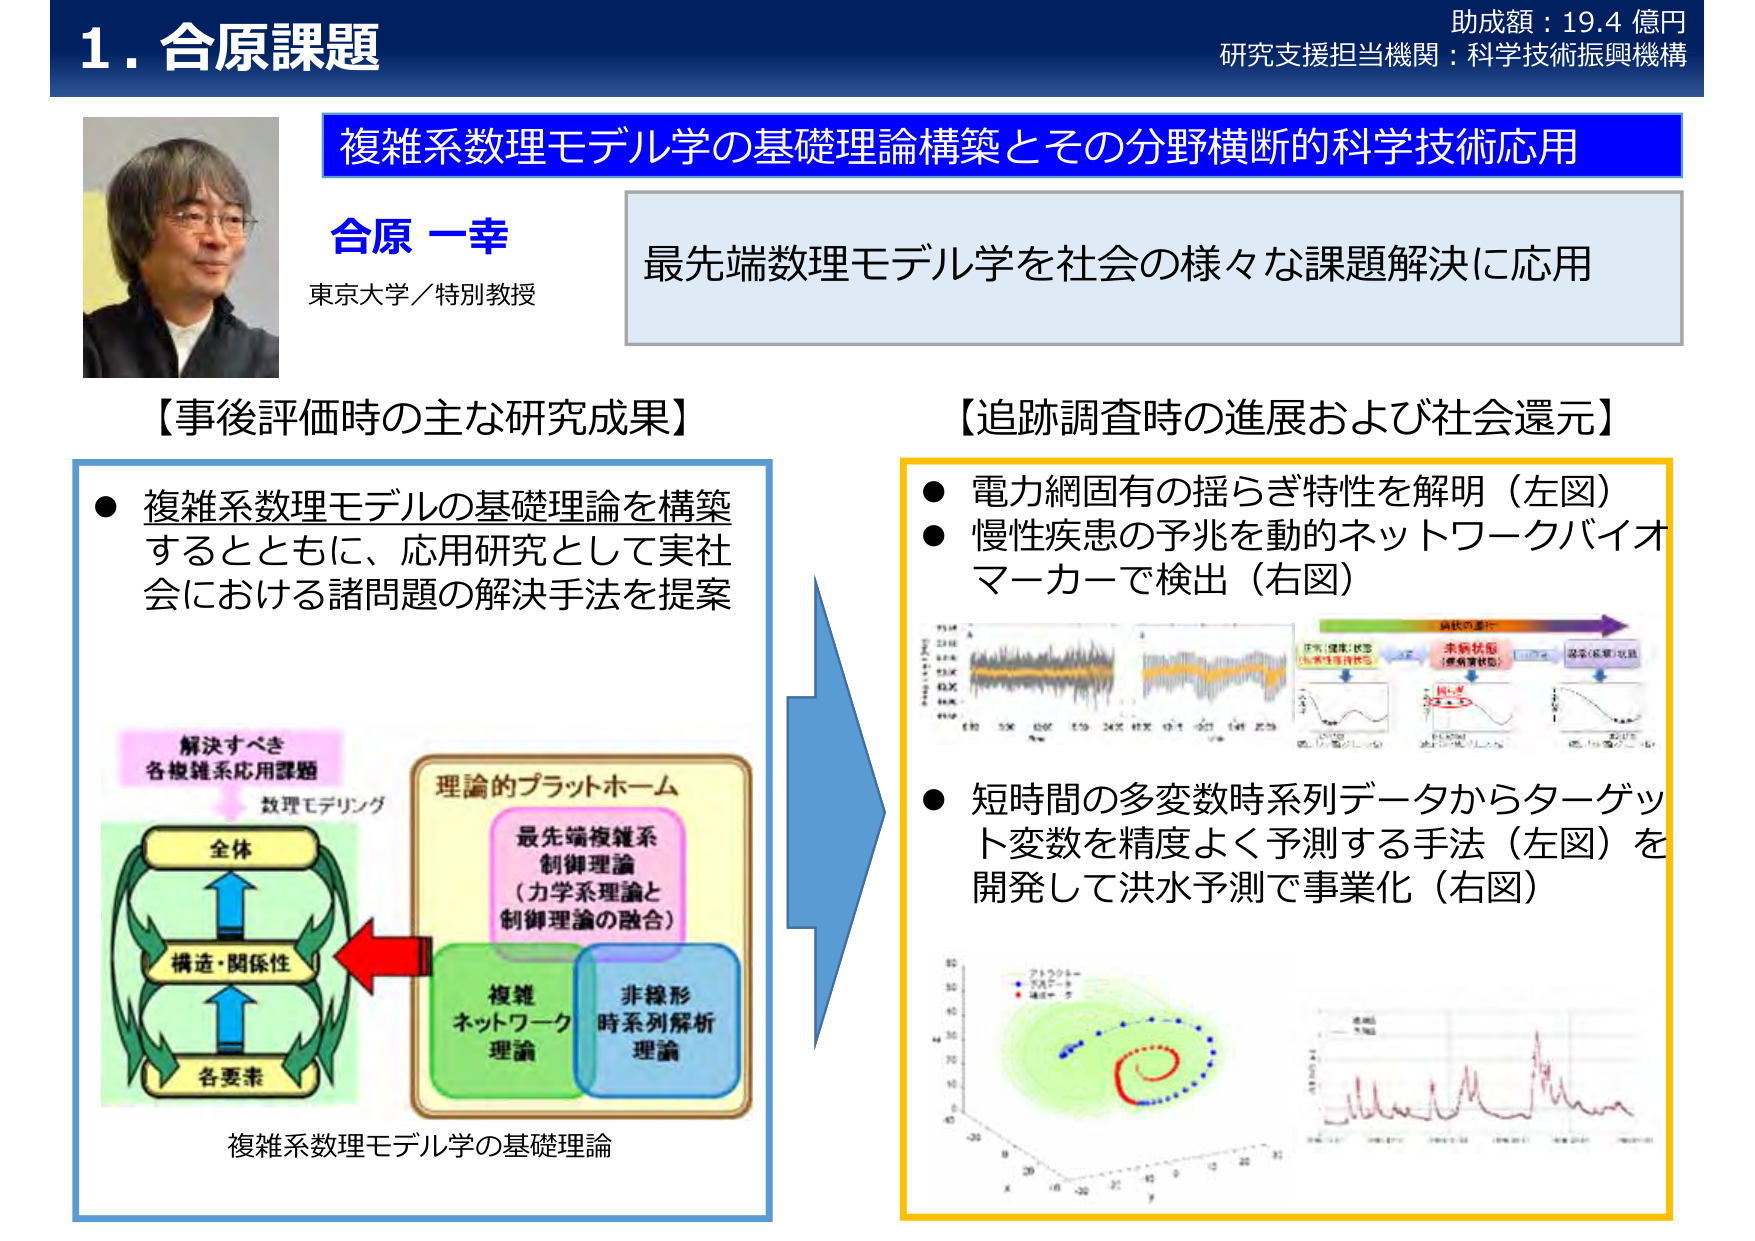
1. 合原課題
助成額：19.4 億円
研究支援担当機関：科学技術振興機構

複雑系数理モデル学の基礎理論構築とその分野横断的科学技術応用

合原 一幸
東京大学／特別教授

最先端数理モデル学を社会の様々な課題解決に応用

【事後評価時の主な研究成果】
● 複雑系数理モデルの基礎理論を構築するとともに、応用研究として実社会における諸問題の解決手法を提案

解決すべき
各複雑系応用課題
数理モデリング

全体
構造・関係性
各要素

理論的プラットホーム
最先端複雑系制御理論
（力学系理論と制御理論の融合）
複雑ネットワーク理論
非線形時系列解析理論

複雑系数理モデル学の基礎理論

【追跡調査時の進展および社会還元】
● 電力網固有の揺らぎ特性を解明（左図）
● 慢性疾患の予兆を動的ネットワークバイオマーカーで検出（右図）

病状の進行
正常（健康）状態
（生体性維持状態）
未病状態
（疾病前状態）
異常（疾病）状態

● 短時間の多変数時系列データからターゲット変数を精度よく予測する手法（左図）を開発して洪水予測で事業化（右図）

アトランター
スズメ
海老

（左図のグラフ：時間軸に沿った波形データ、右図のグラフ：病状進行の模式図）
（下部左図：3Dスパイラル状のデータプロット、下部右図：洪水予測の時系列データ）